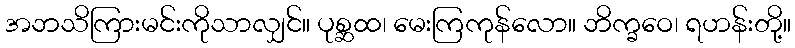
အဘသိကြားမင်းကိုသာလျှင်။ ပုစ္ဆထ၊ မေးကြကုန်လော။ ဘိက္ခဝေ၊ ရဟန်းတို့။